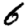
Digit: 6